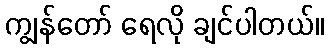
ကျွန်တော် ရေလို ချင်ပါတယ်။